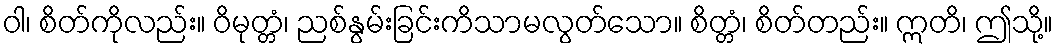
ဝါ၊ စိတ်ကိုလည်း။ ဝိမုတ္တံ၊ ညစ်နွမ်းခြင်းကိသာမလွတ်သော။ စိတ္တံ၊ စိတ်တည်း။ ဣတိ၊ ဤသို့။